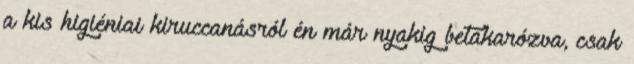
a kis higiéniai kiruccanásról én már nyakig betakarózva, csak